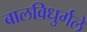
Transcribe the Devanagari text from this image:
बालविधुर्गले